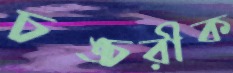
চঙ্চরীক